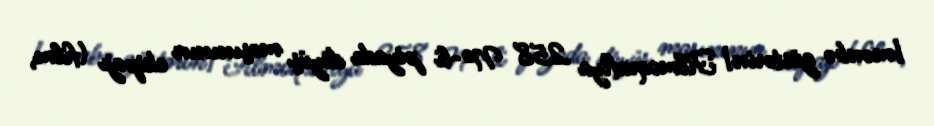
[mənbə göstərin] Filmoqrafiya 258 №-li piyada döyüş maşınının ekipajı (film,